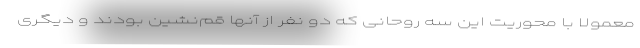
معمولا با محوریت این سه روحانی که دو نفر از آنها قم‌نشین بودند و دیگری